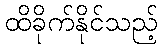
ထိခိုက်နိုင်သည့်